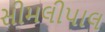
સીમલીપાલ